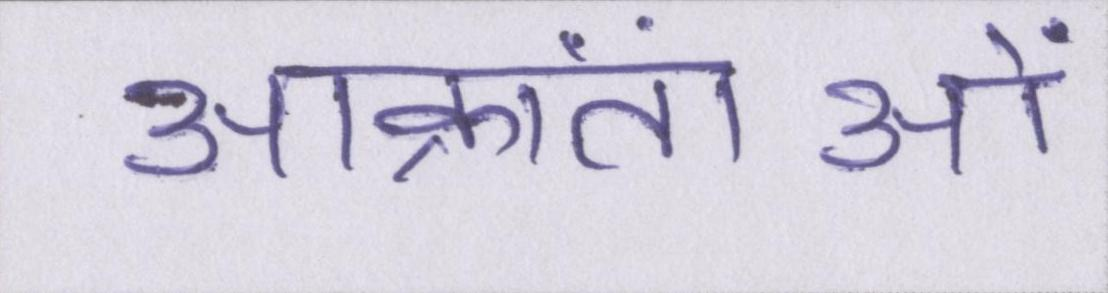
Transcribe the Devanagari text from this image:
आक्रांताओं